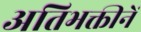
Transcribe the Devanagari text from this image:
अतिभक्तीनें